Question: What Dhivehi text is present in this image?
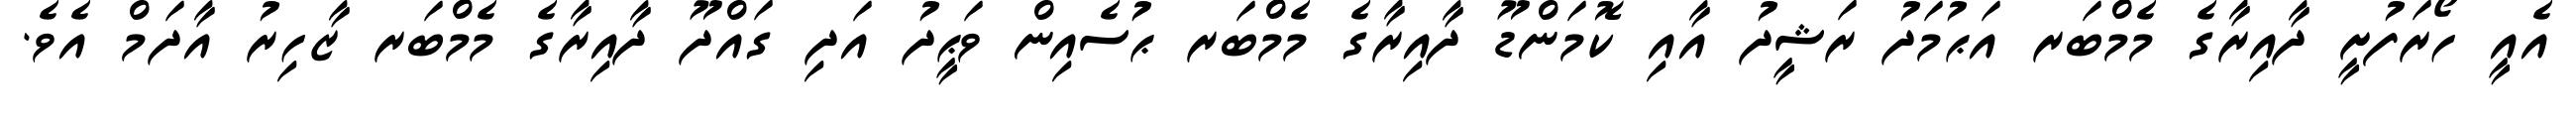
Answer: އެއީ ހޯރަފުށީ ދާއިރާގެ މެމްބަރ އަޙުމަދު ރަޝީދު އާއި ކޮމަންޑޫ ދާއިރާގެ މެމްބަރ ޙުސެއިން ވަޙީދު އަދި ގައްދޫ ދާއިރާގެ މެމްބަރ ޒާހިރު އާދަމް އެވެ.